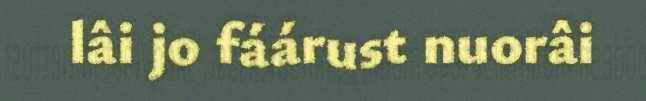
lâi jo fáárust nuorâi